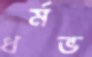
ধর্মভ